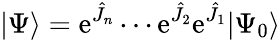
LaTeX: |\Psi\rangle=\mathrm{e}^{{\hat{J}}_{n}}\cdots\mathrm{e}^{{\hat{J}}_{2}}\mathrm{e}^{{\hat{J}}_{1}}|\Psi_{0}\rangle